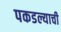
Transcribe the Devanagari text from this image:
पकडल्याची